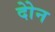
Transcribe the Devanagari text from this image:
दोेन